Kassari_(Keina)_vallavalitsus, lk 33
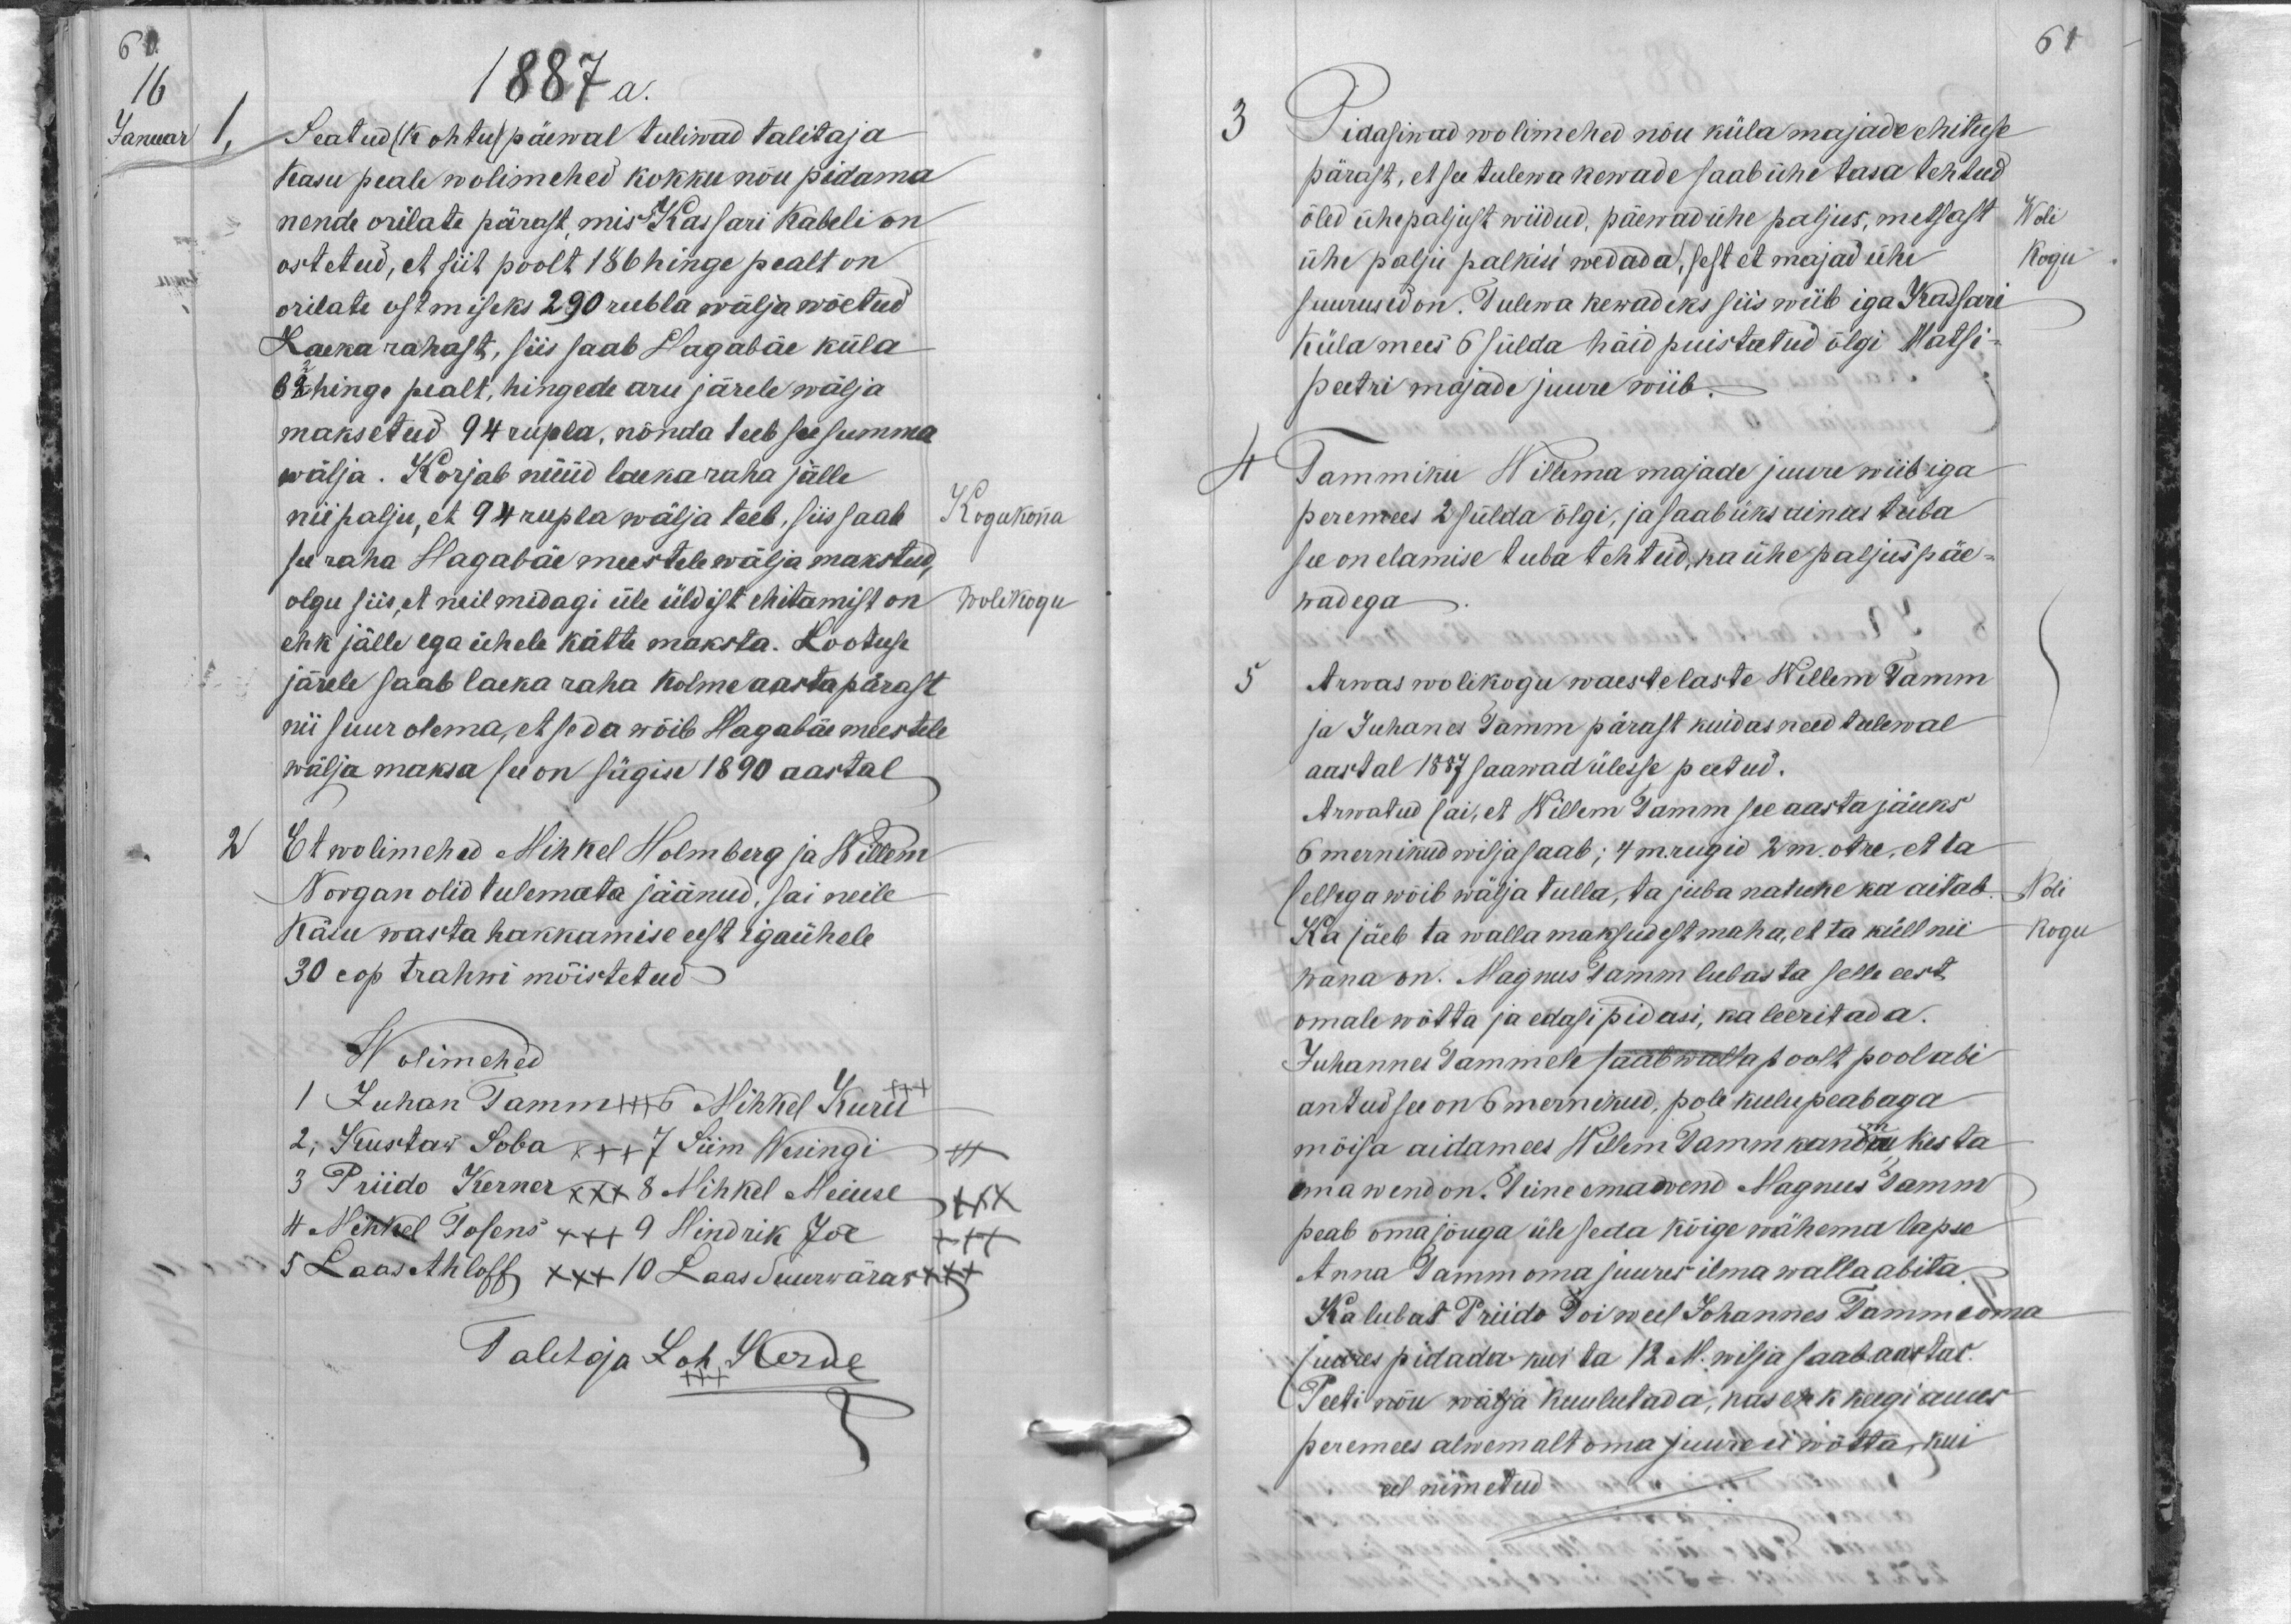
60.
16
Januar 1,
1887 a.
Seatud (kohtu) päewal tuliwad talitaja
Kasu peale wolimehed kokku nõu pidama
nende orilate pärast, mis Kassari Kabeli on
ostetud, et siit poolt 186 hinge pealt on
orilate ostmiseks 290 rubla wälja wõetud.
Laeka rahast, siis saab Hagabäe küla
62 hinge pealt, hingede aru järele wälja
maksetud 94 rubla, nõnda teeb see summa
wälja. Korjab nüüd laekaraha jälle
nii palju, et 94 rubla wälja teeb, siis saab
Kogukonna
see raha Hagabäe meestele wälja makstud,
olgu siis, et neil midagi üle üldist ehitamist on
wolikogu
ehk jälle ega ühele kätte maksta. Lootuse
järele saab laeka raha kolme aasta pärast
nii suur olema, et seda wõib Hagabäe meestele
wälja maksa see on sügise 1890 aastal
2
Et wolimehed Mihkel Holmberg ja Willem
Norgan olid tulemata jäänud, sai neile
Käsu wasta hakkamise eest igaühele
30 cop trahwi mõistetud
Wolimehed
1 Juhan Tamm 6 Mihkel Kuru xxx
2, Kustaw Soba xxx 7 Siim Wesingi
3 Priido Kerner xxx 8 Mihkel Meiuse +++
4 Mihkel Tosens xxx 9 Hindrik Jõe
XXX
5 Laas Ahloff xxx 10 Laas Suurwäraw xxx
Taletoja Joh Kerner

61
3
Pidasiwad wolimehed nõu küla majade ehituse
pärast, et see tulewa kewade saab ühe tasa tehtud
õled ühepaljust wiidud, päewad ühe paljus, metsast
Woli
ühe palju palkisi wedada, sest et majad ühe
kogu
suurused on. Tulewa kewadeks siis wiib iga Kassari
küla mees 6 sülda häid puistatud õlgi Matsi-
peetri majade juure wiib.
4
Tammiku Willema majade juure wiib iga
peremees 2 sülda õlgi, ja saab üks ainus tuba
see on elamise tuba tehtud, ka ühe paljus päe-
wadega
5
Arwas wolikogu waestelaste Willem Tamm
ja Juhanes Tamm pärast kuidas need tulewal
aastal 1887 saawad ülesse peetud.
Arwatud sai, et Willem Tamm see aasta jäuks
6 mernikud wilja saab; 4 m. rugid 2 m. otre, et ta
sellega wõib wälja tulla, ta juba natuke ka aitab
Woli
Ka jäeb ta wallamaksudest maha, et ta küll nii
kogu
wana on. Magnus Tamm lubas ta selle eest
omale wõtta ja edasi pidasi, ka leeritada.
Juhannes Tammele saab walla poolt pool abi
antud see on 6 mernikud, pole kulu peab aga
möisa aidamees Willem Tamm kandma kes ta
oma wend on. Teine oma wend Magnus Tamm
peab oma jõuga üle seda kõige wähema lapse
Anna Tamm oma juures ilma walla abita
Ka lubas Priido Toi weel Johannes Tamme oma
juures pidada kui ta 12. M. wilja saada aastas.
Peeti nõu wälja kuulutada, kas ehk keegi auus
peremees alwemalt oma juure ei wõtta, kui
eel nimetud